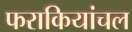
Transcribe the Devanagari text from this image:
फराकियांचल